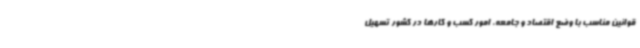
قوانین مناسب با وضع اقتصاد و جامعه، امور کسب و کارها در کشور تسهیل